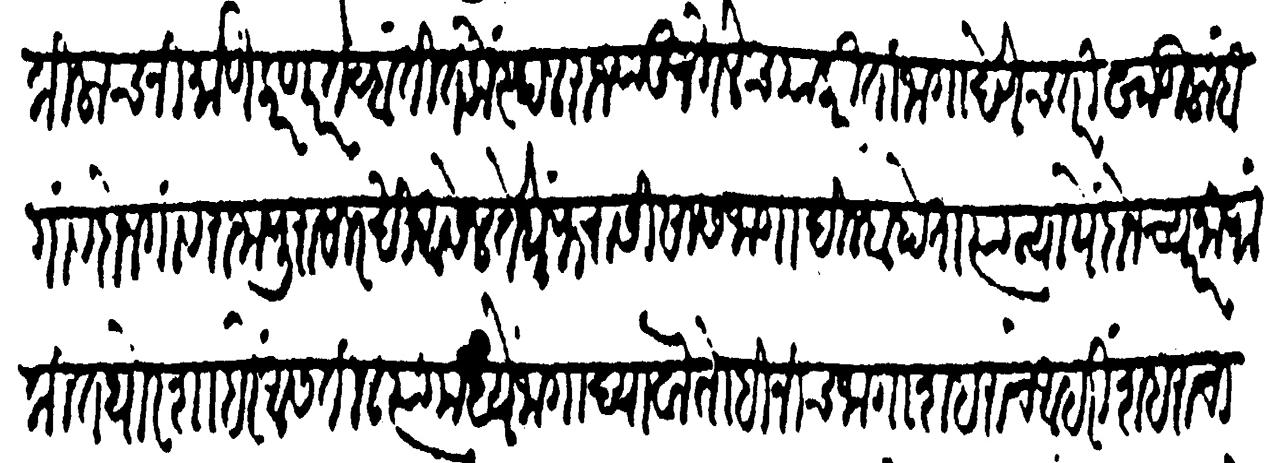
Transliteration (Devanagari): किलाच निर्माण करणार तेव्हां तितकें स्थळ राज्यांतून गेलेंच याकरिता जागा देणेंच तरी खाडी लांब गांव दोन गांव राजापुरासारखी आसेल तेथे फरासीसांस जागा दिल्हा होता त्या न्यायें दोन च्यार नामांकित थोर शहरें असतील त्यांमध्ये जागा द्यावा तोहि नीच जागा शहराचे आहरीं शहराचा